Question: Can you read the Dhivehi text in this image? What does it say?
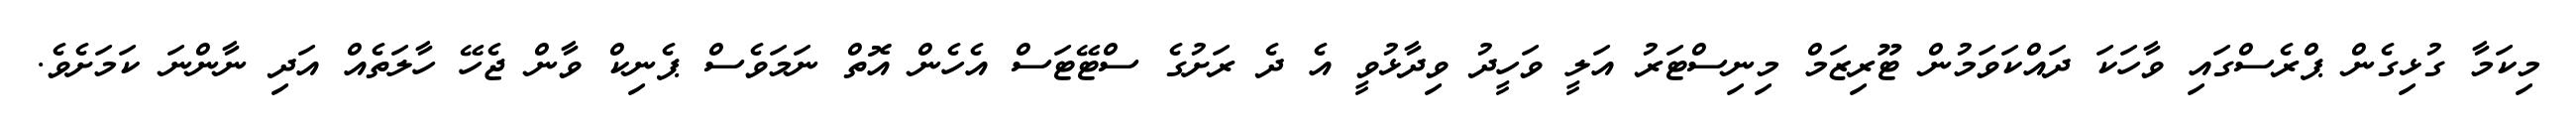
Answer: މިކަމާ ގުޅިގެން ޕްރެސްގައި ވާހަކަ ދައްކަވަމުން ޓޫރިޒަމް މިނިސްޓަރު އަލީ ވަހީދު ވިދާޅުވީ އެ ދެ ރަށުގެ ސްޓޭޓަސް އެހެން އޮތް ނަމަވެސް ޕެނިކް ވާން ޖެހޭ ހާލަތެއް އަދި ނާންނަ ކަމަށެވެ.